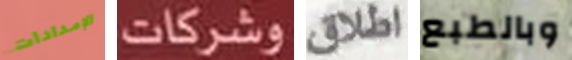
الإمدادات وشركات اطلاق وبالطبع